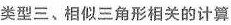
类型三、相似三角形相关的计算